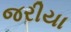
જરીયા